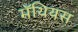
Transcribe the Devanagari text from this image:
मॅथियस